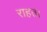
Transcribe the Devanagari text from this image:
राहत।